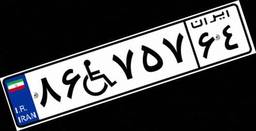
۴۰W۸۸۵۳۹